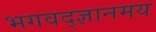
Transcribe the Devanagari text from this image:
भगवद्ज्ञानमय